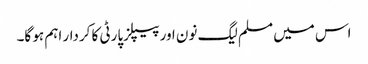
اس میں مسلم لیگ نون اور پیپلزپارٹی کا کردار اہم ہو گا۔